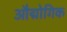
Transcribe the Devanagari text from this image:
औद्मोगिक